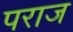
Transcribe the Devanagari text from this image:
पराज